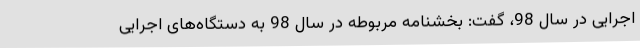
اجرایی در سال 98، گفت: بخشنامه مربوطه در سال 98 به دستگاه‌های اجرایی